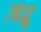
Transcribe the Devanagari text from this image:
बिंद्धू